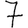
Digit: 7